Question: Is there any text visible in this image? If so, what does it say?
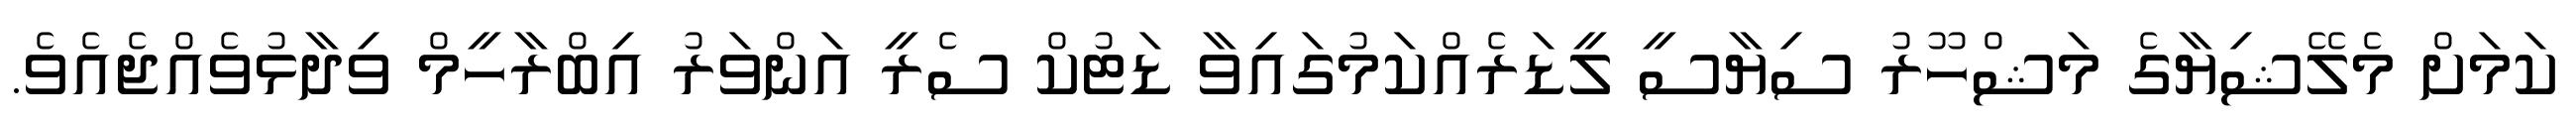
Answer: ކަމަށް މެލޭޝިޔާގެ މަޝްހޫރު ސިޔާސީ ލީޑަރެއްކަމުގައިވާ ޑަޓުކް ސެރީ އަންވަރު އިބްރާހީމް ވިދާޅުވެއްޖެއެވެ.